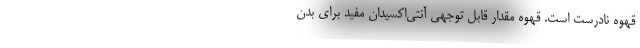
قهوه نادرست است. قهوه مقدار قابل توجهی آنتی‌اکسیدان مفید برای بدن